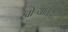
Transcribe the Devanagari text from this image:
खोर्‍यातही